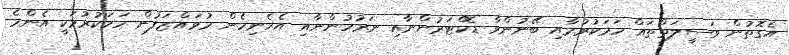
އެގޮތުން ވަސީލަތްތައް ހަމަކުރުމާއި ބޭނުންވާ ޑޮކްޓަރުންނާއި ނަރުހުންނާއި އެހެނިހެން މުވައްޒަފުން ހަމަކުރުމަކީ އެންމެ